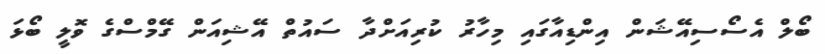
ބޯލް އެސޯސިއޭޝަން އިންޑިއާގައި މިހާރު ކުރިއަށްދާ ސައުތް އޭޝިއަން ގޭމްސްގެ ވޮލީ ބޯޅަ